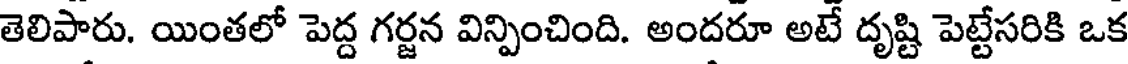
తెలిపారు. యింతలో పెద్ద గర్జన విన్పించింది. అందరూ అటే దృష్టి పెట్టేసరికి ఒక